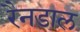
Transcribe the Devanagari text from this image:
रैनडाल